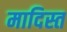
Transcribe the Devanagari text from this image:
मादिस्त